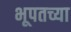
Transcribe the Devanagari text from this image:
भूपतच्या